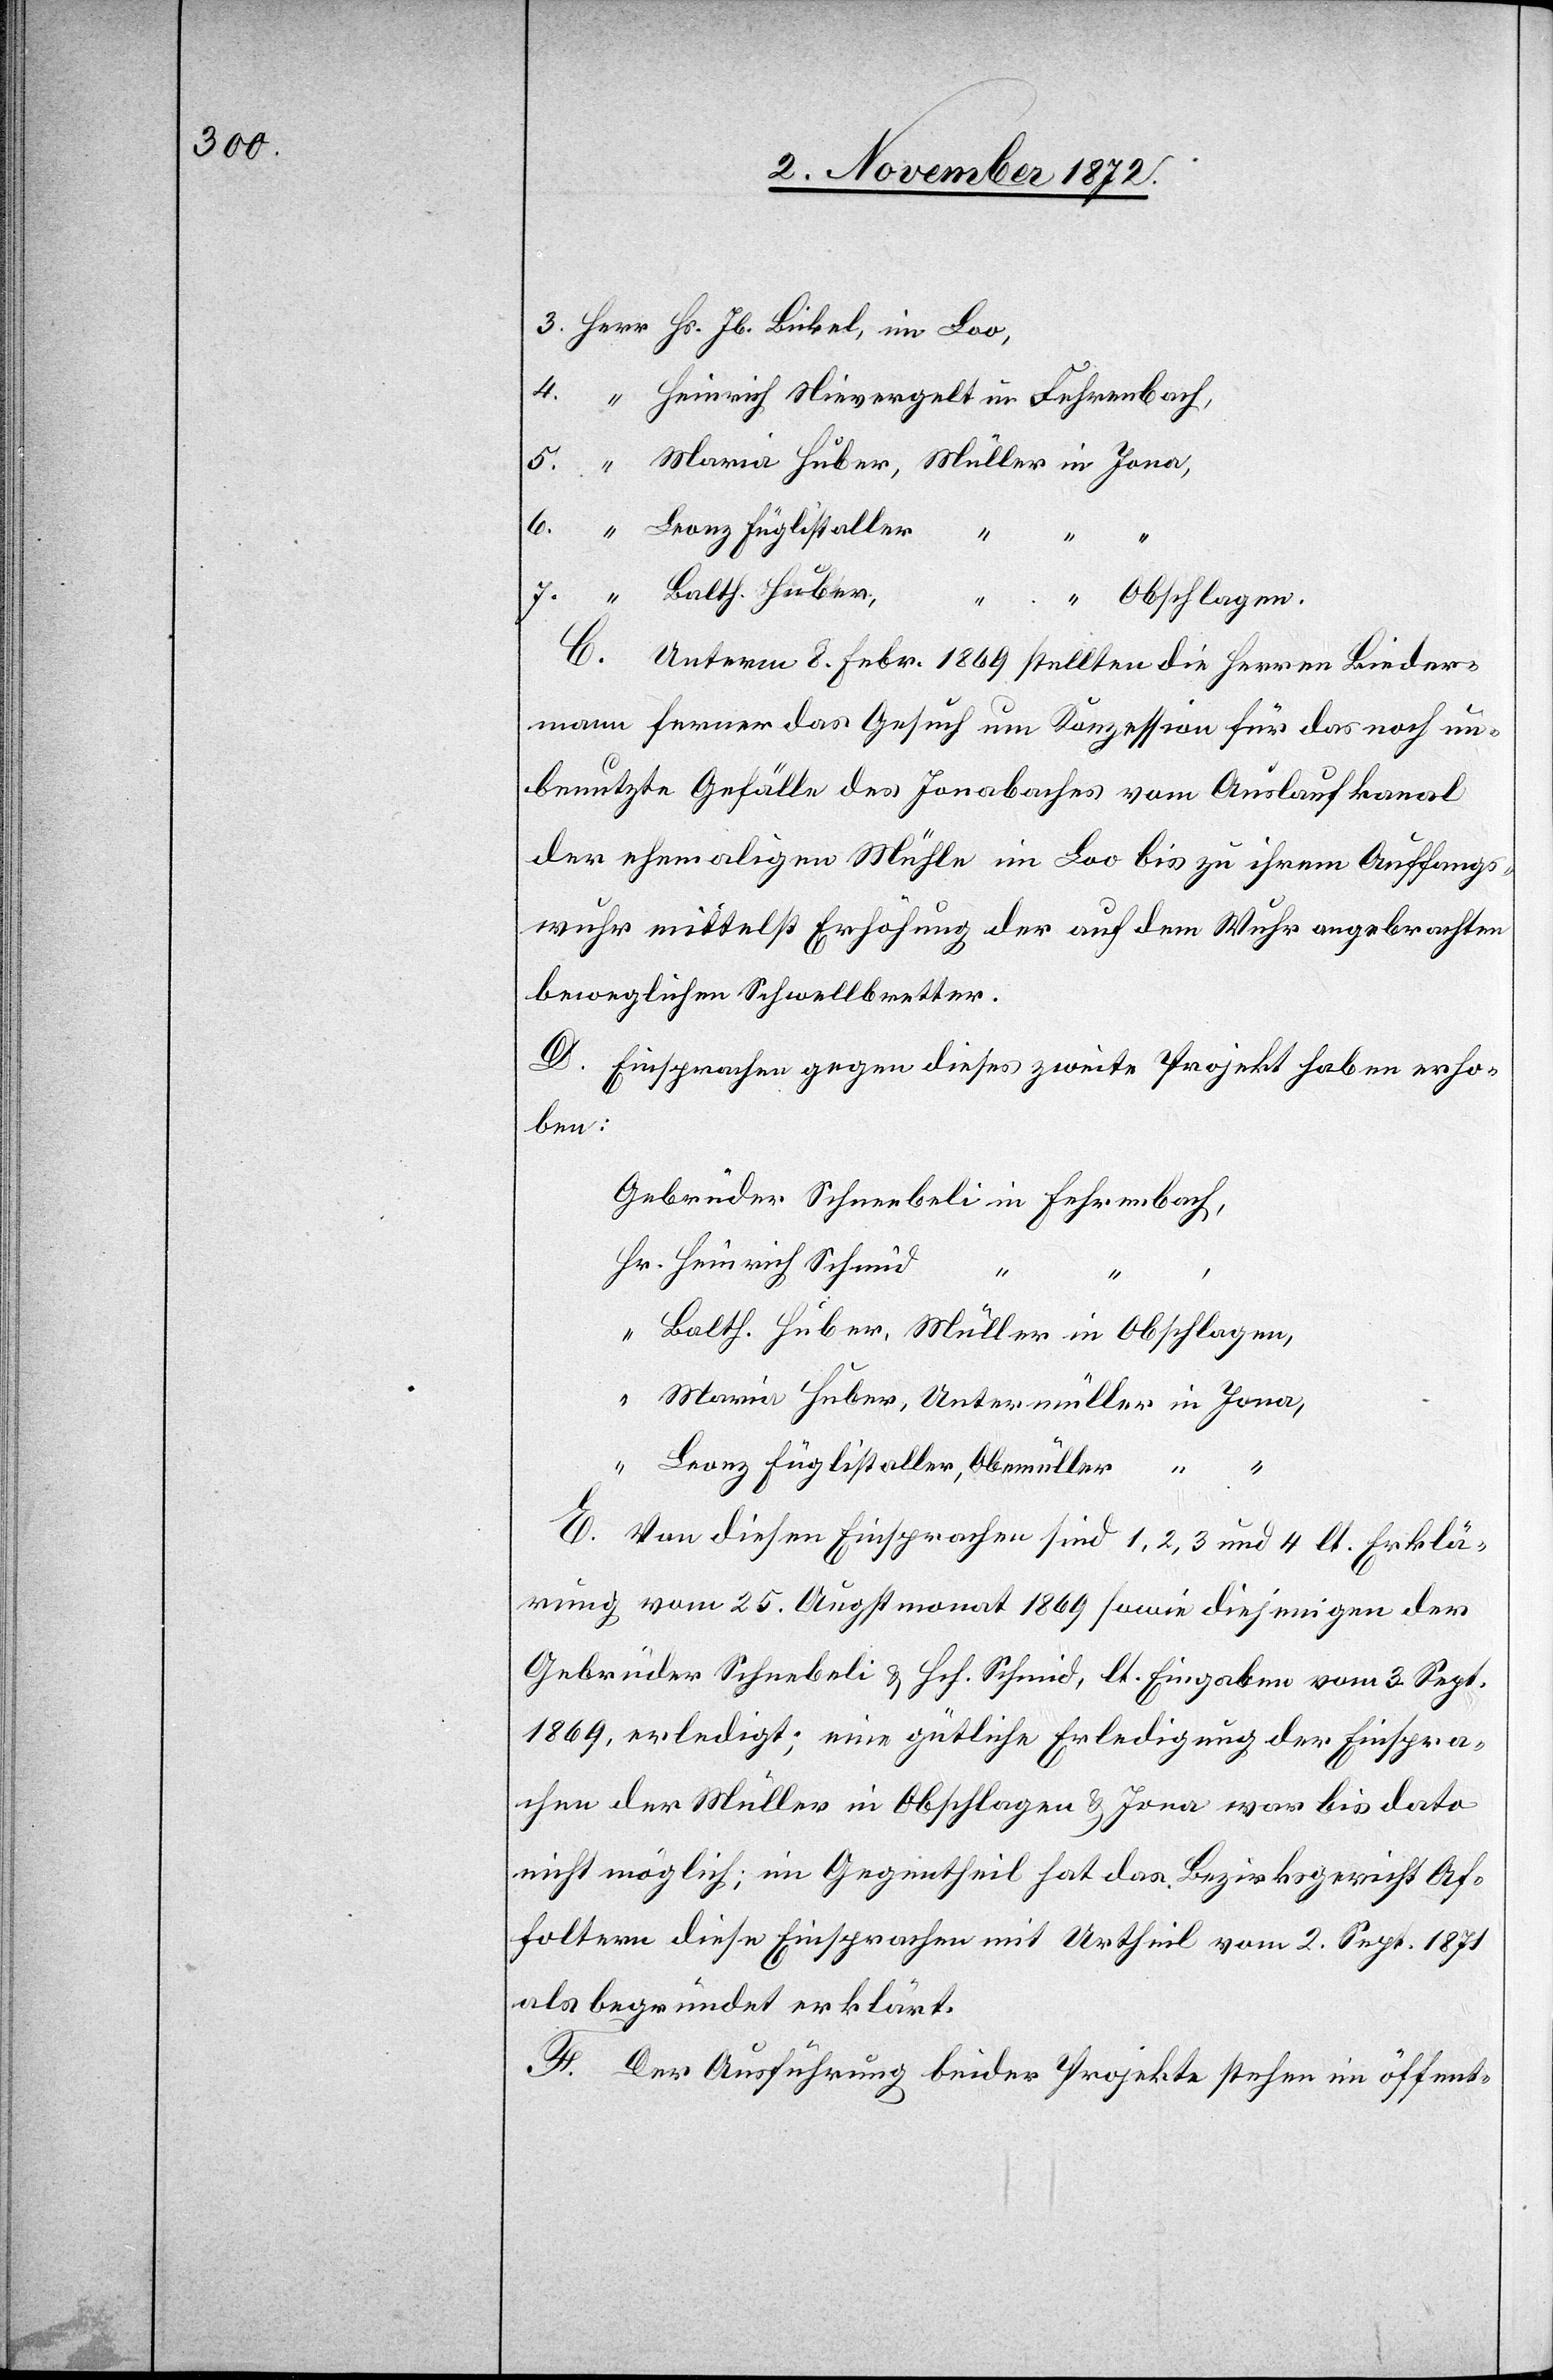
Heinrich Nievergelt in Fehrenbach,
7.
C. Unterm 8. Febr. 1869 stellten die Herren Bieder¬
mann ferner das Gesuch um Konzession für das noch un¬
benutzte Gefälle des Jonabaches vom Auslaufkanal
der ehemaligen Mühle im Loo bis zu ihrem Auffangs¬
wuhr mittelst Erhöhung der auf dem Wuhr angebrachten
beweglichen Schwellbretter.
D. Einsprachen gegen dieses zweite Projekt haben erho¬
ben:
Heinrich Schmid
“
Jona,
Leonz Füglistaller, Obe[r]müller
E. Von diesen Einsprachen sind 1, 2, 3 und 4 lt. Erklä¬
rung vom 25. Augstmonat 1869 sowie diejenigen der
Gebrüder Schnebeli [sic!] & Hch. Schmid, lt. Eingaben vom 3. Sept.
1869, erledigt; eine gütliche Erledigung der Einspra¬
chen der Müller in Obschlagen & Jona war bis dato
nicht möglich; im Gegentheil hat das Bezirksgericht Af¬
foltern diese Einsprachen mit Urtheil vom 2. Sept. 1871
als begründet erklärt.
F. Der Ausführung beider Projekte stehen im öffent-